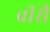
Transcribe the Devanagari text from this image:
वीरौ